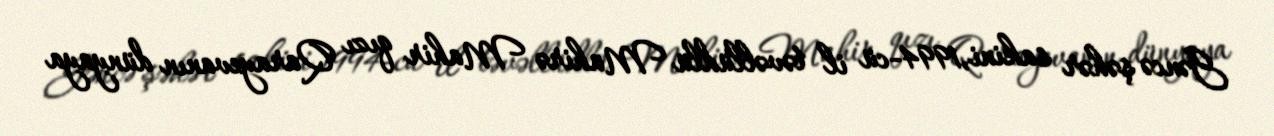
Gəncə şəhər sakini,1994-cü il təvəllüdlü Mahirə Mahir qızı Qarayevanın dünyaya